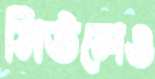
সিউলেও